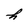
Character: h